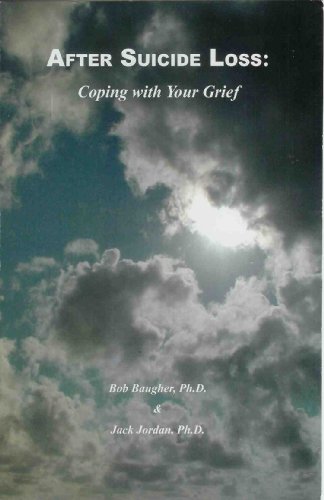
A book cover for After Suicide Loss: Coping with Your Grief; Bob Baugher; Self-Help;